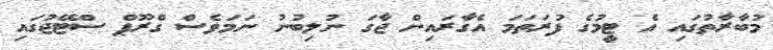
މުބާރާތުގައި އެ ޓީމުގެ ފުރަތަމަ އެގާރައިން ޖާގަ ނުލިބުނު ނަމަވެސް ގްރޫޕް ސްޓޭޖުގައި